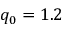
q _ { 0 } = 1 . 2